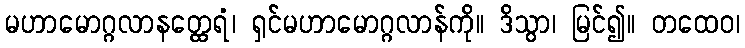
မဟာမောဂ္ဂလာနတ္ထေရံ၊ ရှင်မဟာမောဂ္ဂလာန်ကို။ ဒိသွာ၊ မြင်၍။ တထေဝ၊